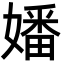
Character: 嬏